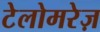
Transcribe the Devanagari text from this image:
टेलोमरेज़